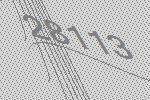
28113